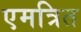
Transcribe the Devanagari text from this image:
एमत्रित